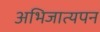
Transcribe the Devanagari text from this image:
अभिजात्यपन